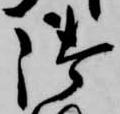
御